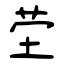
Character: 茔